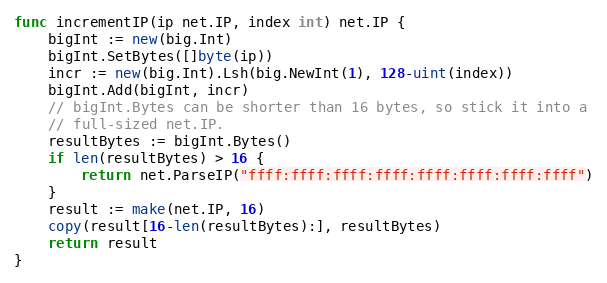
Language: Go
func incrementIP(ip net.IP, index int) net.IP {
	bigInt := new(big.Int)
	bigInt.SetBytes([]byte(ip))
	incr := new(big.Int).Lsh(big.NewInt(1), 128-uint(index))
	bigInt.Add(bigInt, incr)
	// bigInt.Bytes can be shorter than 16 bytes, so stick it into a
	// full-sized net.IP.
	resultBytes := bigInt.Bytes()
	if len(resultBytes) > 16 {
		return net.ParseIP("ffff:ffff:ffff:ffff:ffff:ffff:ffff:ffff")
	}
	result := make(net.IP, 16)
	copy(result[16-len(resultBytes):], resultBytes)
	return result
}